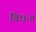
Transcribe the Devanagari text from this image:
विधः॥